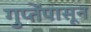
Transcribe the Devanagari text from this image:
गुप्तेंपासून